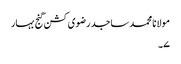
مولانا محمد ساجد رضوی کشن گنج بہار
۷۔